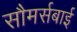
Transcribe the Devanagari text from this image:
सौमर्सबाई